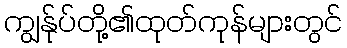
ကျွန်ုပ်တို့၏ထုတ်ကုန်များတွင်